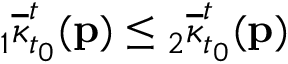
{ } _ { 1 } \overline { { \kappa } } _ { t _ { 0 } } ^ { t } ( \mathbf { p } ) \leq { } _ { 2 } \overline { { \kappa } } _ { t _ { 0 } } ^ { t } ( \mathbf { p } )